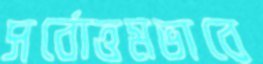
সর্বোত্তমভাবে